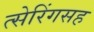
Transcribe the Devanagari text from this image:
त्सेरिंगसह